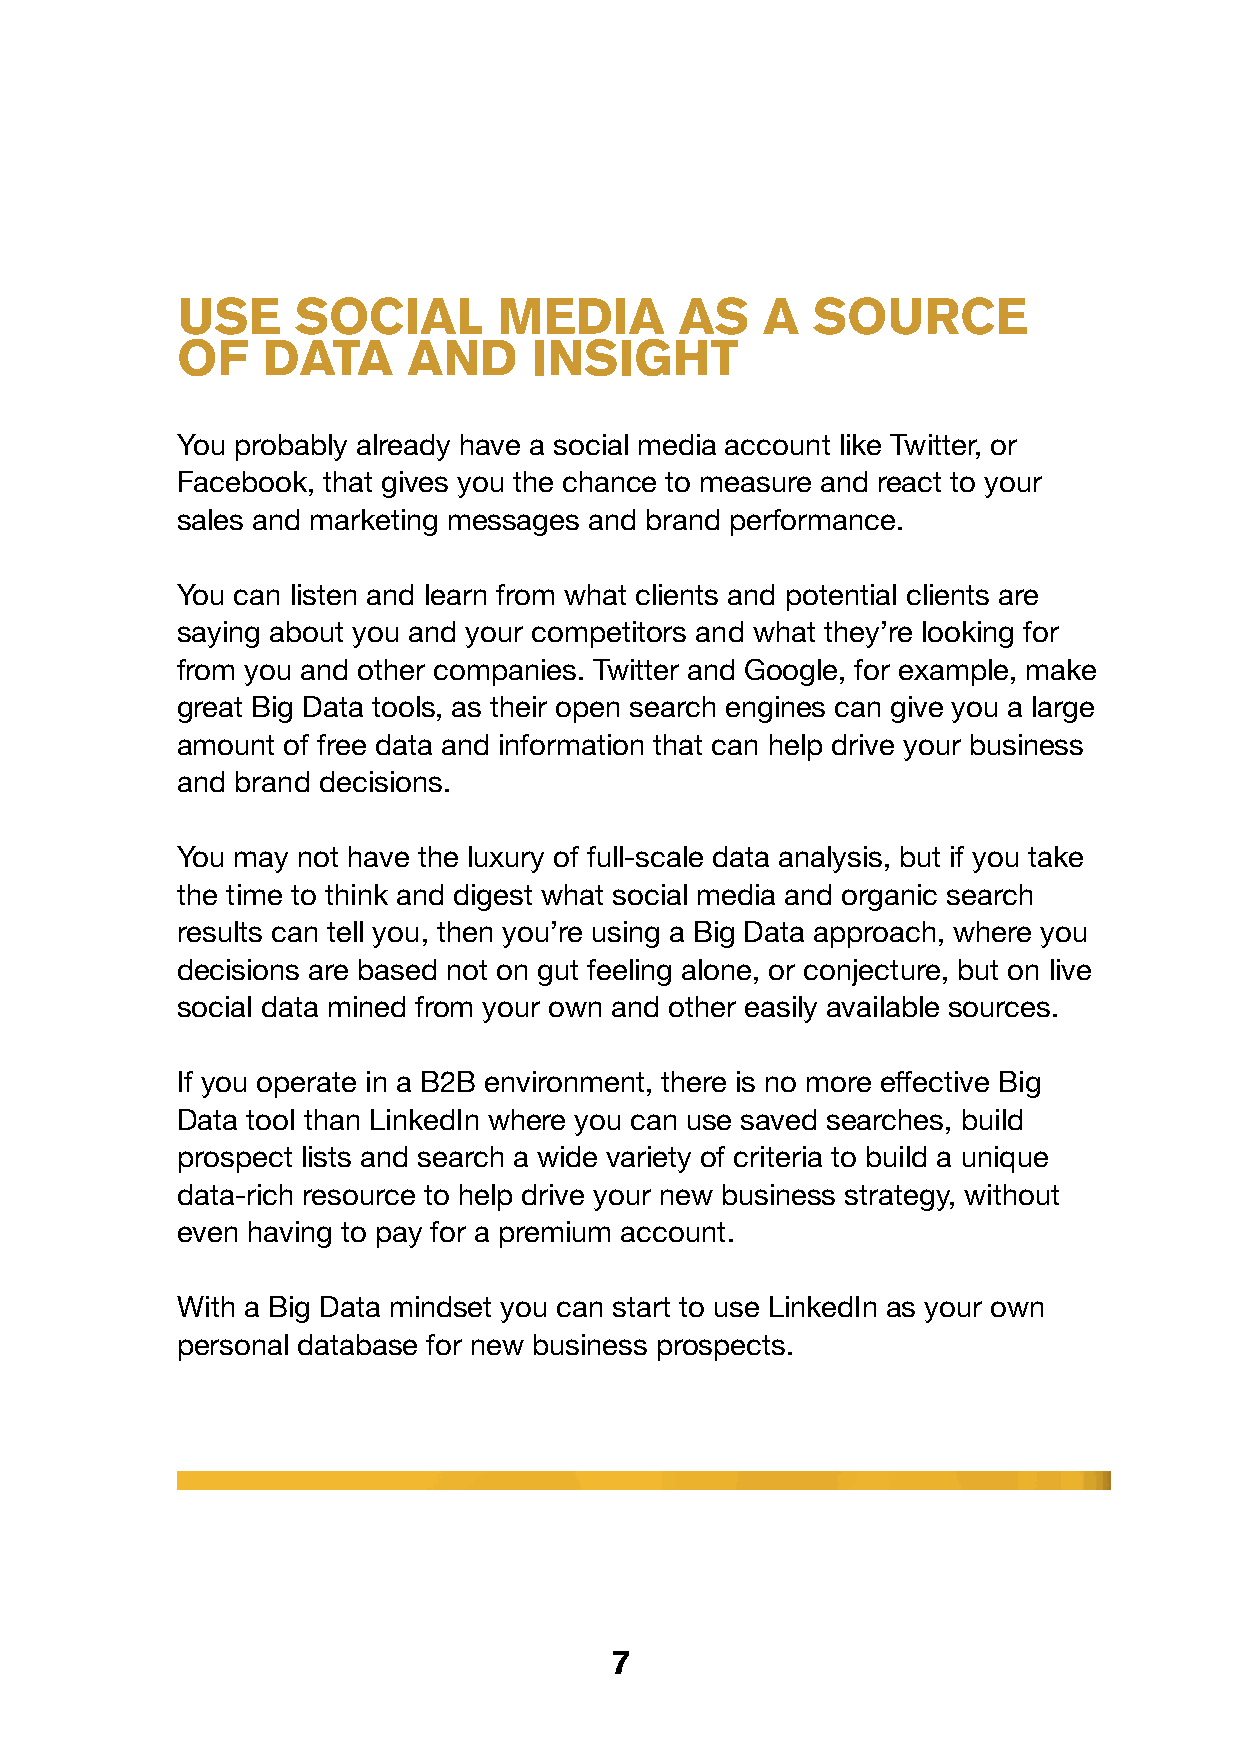
use     socIal       medIa       as   a   source
 of   data      and     InsIGht
 You probably already have a social media account like Twitter, or
 Facebook, that gives you the chance to measure and react to your
 sales and marketing messages and brand performance.
 You can listen and learn from what clients and potential clients are
 saying about you and your competitors and what they’re looking for
 from you and other companies. Twitter and Google, for example, make
 great Big Data tools, as their open search engines can give you a large
 amount of free data and information that can help drive your business
 and brand decisions.
 You may not have the luxury of full-scale data analysis, but if you take
 the time to think and digest what social media and organic search
 results can tell you, then you’re using a Big Data approach, where you
 decisions are based not on gut feeling alone, or conjecture, but on live
 social data mined from your own and other easily available sources.
 If you operate in a B2B environment, there is no more effective Big
 Data tool than LinkedIn where you can use saved searches, build
 prospect lists and search a wide variety of criteria to build a unique
 data-rich resource to help drive your new business strategy, without
 even having to pay for a premium account.
 With a Big Data mindset you can start to use LinkedIn as your own
 personal database for new business prospects.
 7